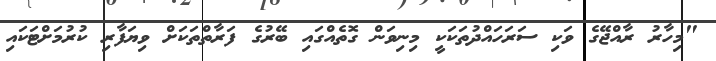
"މިހާރު ރާއްޖޭގެ ވަކި ސަރަހައްދުތަކަކީ މިނިވަން ގޮތެއްގައި ބޭރުގެ ފަރާތްތަކަށް ވިޔަފާރި ކުރުމަށްޓަކައި